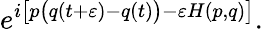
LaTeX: e^{i{\big[}p{\big(}q(t+\varepsilon)-q(t){\big)}-\varepsilon H(p,q){\big]}}.